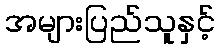
အများပြည်သူနှင့်